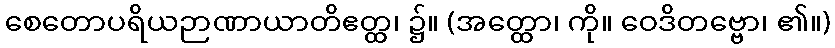
စေတောပရိယဉာဏာယာတိဧတ္ထ၊ ၌။ (အတ္ထော၊ ကို။ ဝေဒိတဗ္ဗော၊ ၏။)